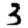
Digit: 3